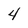
Character: 4